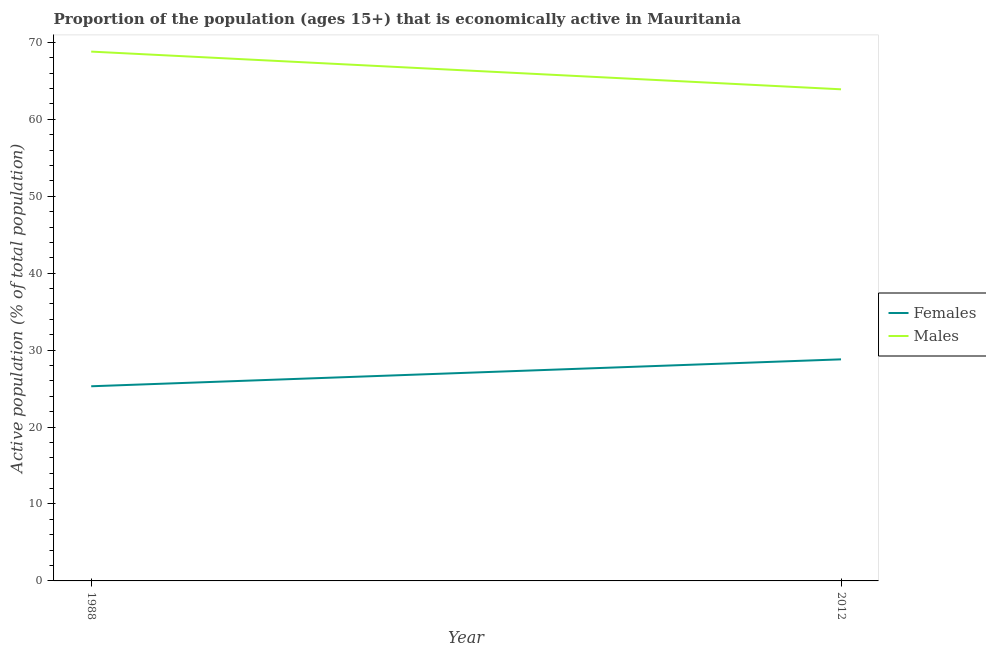
| Year | Females | Males |
 | --- | --- | --- |
 | 1988 | 25.3 | 68.8 |
 | 2012 | 28.8 | 63.9 |